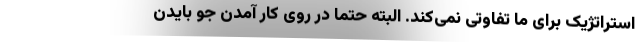
استراتژیک برای ما تفاوتی نمی‌کند. البته حتماً در روی کار آمدن جو بایدن